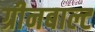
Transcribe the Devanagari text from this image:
ग्रीनबाल्ट